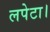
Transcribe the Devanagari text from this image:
लपेटा।